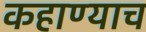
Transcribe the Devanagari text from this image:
कहाण्याच